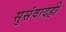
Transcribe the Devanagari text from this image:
सुसंवादही